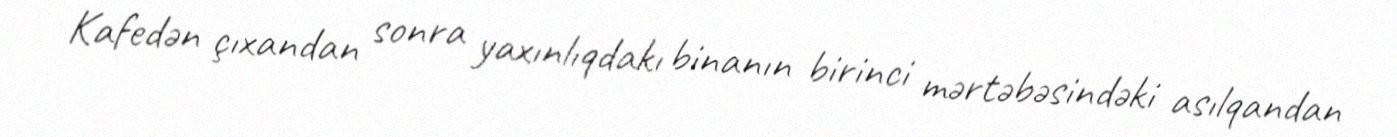
Kafedən çıxandan sonra yaxınlıqdakı binanın birinci mərtəbəsindəki asılqandan